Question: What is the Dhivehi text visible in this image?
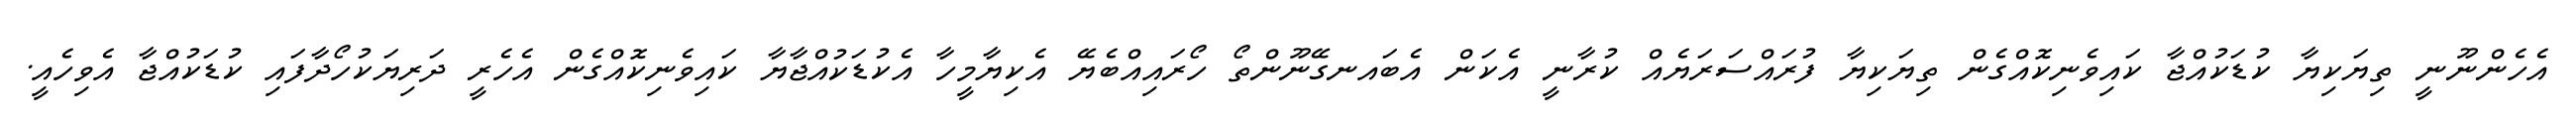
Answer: އެހެންނޫނީ ތިޔަކިޔާ ކުޑަކުއްޖާ ކައިވެނިކޮއްގެން ތިޔަކިޔާ ފުރައްސަރަޔެއް ކުރާނީ އެކަން އެބައނގޭނޫންތޯ ހޯރައިއްބެޔޭ އެކިޔާމީހާ އެކުޑަކުއްޖާޔާ ކައިވެނިކޮއްގެން އެހެރީ ދަރިޔަކުހޯދާފައި ކުޑަކުއްޖާ އެވިހެއީ.